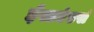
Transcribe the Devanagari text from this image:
ईस्टएंडर्स